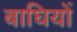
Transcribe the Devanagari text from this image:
बाघियों